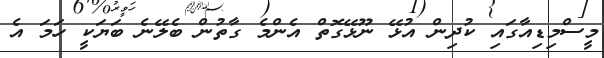
މީސްމިޑިއާގައި ކުދިން އުޅޭ ނޫޅޭގޮތް އެންމެ ގާތުން ބެލޭނެ ބަޔަކީ ހަމަ އެ